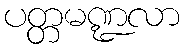
ပတ္တမဏ္ဍလာ